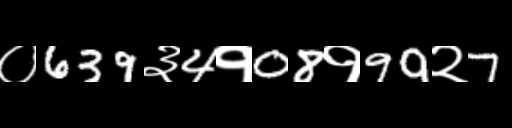
Text: ०639३4१08१99२7